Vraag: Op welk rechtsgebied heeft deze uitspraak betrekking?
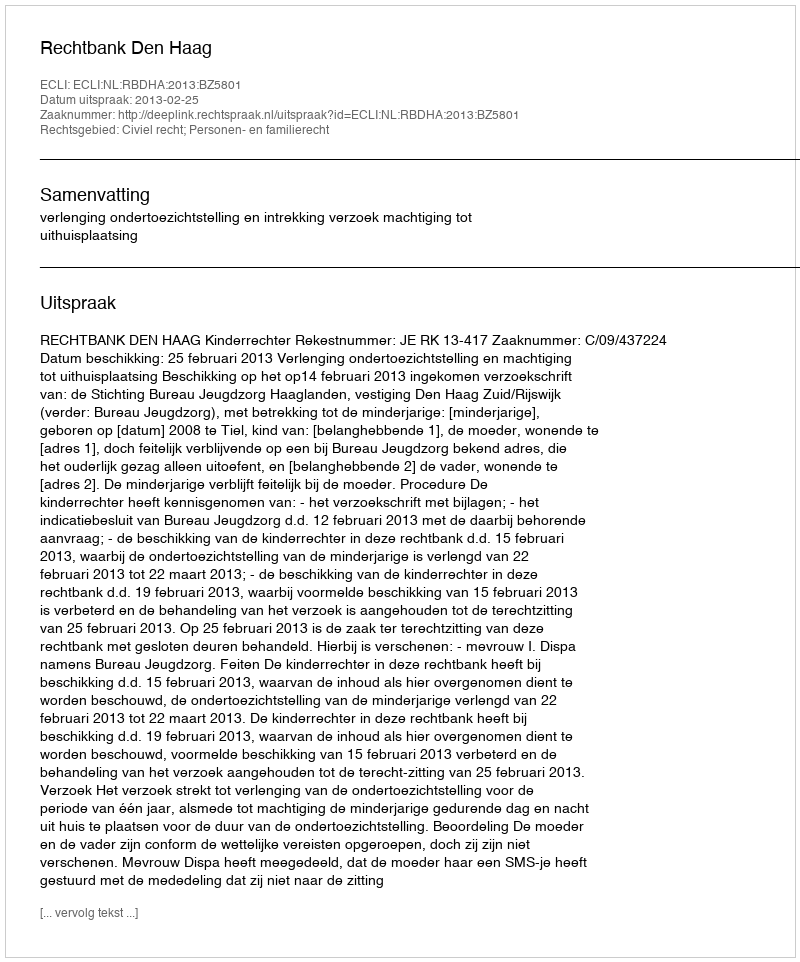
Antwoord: Civiel recht; Personen- en familierecht